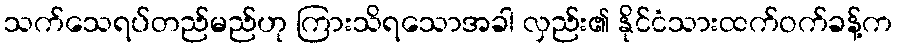
သက်သေရပ်တည်မည်ဟု ကြားသိရသောအခါ လှည်း၏ နိုင်ငံသားထက်ဝက်ခန့်က